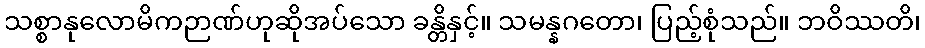
သစ္စာနုလောမိကဉာဏ်ဟုဆိုအပ်သော ခန္တိနှင့်။ သမန္နဂတော၊ ပြည့်စုံသည်။ ဘဝိဿတိ၊